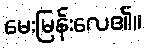
မေးမြန်းလေ၏။